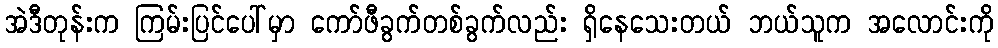
အဲဒီတုန်းက ကြမ်းပြင်ပေါ်မှာ ကော်ဖီခွက်တစ်ခွက်လည်း ရှိနေသေးတယ် ဘယ်သူက အလောင်းကို